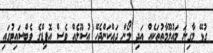
ގުޅޭ މާގިނަ މައުލޫމާތުތަކެއް އަދި ލޯން ދައްކަންޖެހޭ އުސޫލެއް ވެސް އޮފިޑްގެ ވެބްސައިޓުގައި